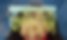
ভরদ্বরাজ